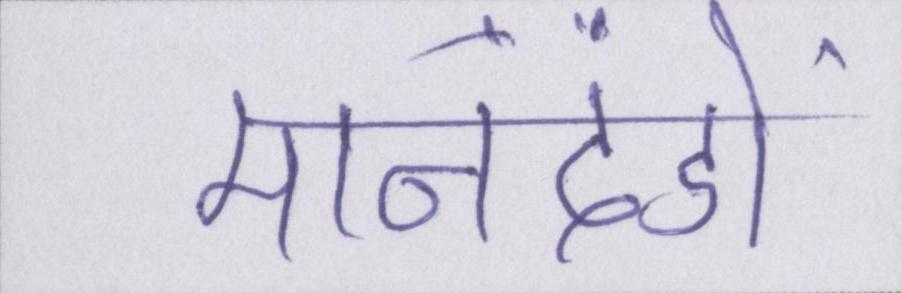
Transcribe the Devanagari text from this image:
मानदंडों